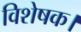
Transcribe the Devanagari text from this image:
विशेषक।